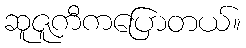
ဆူဇူကီကပြောတယ်။